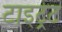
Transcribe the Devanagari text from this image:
टाइट्रेट